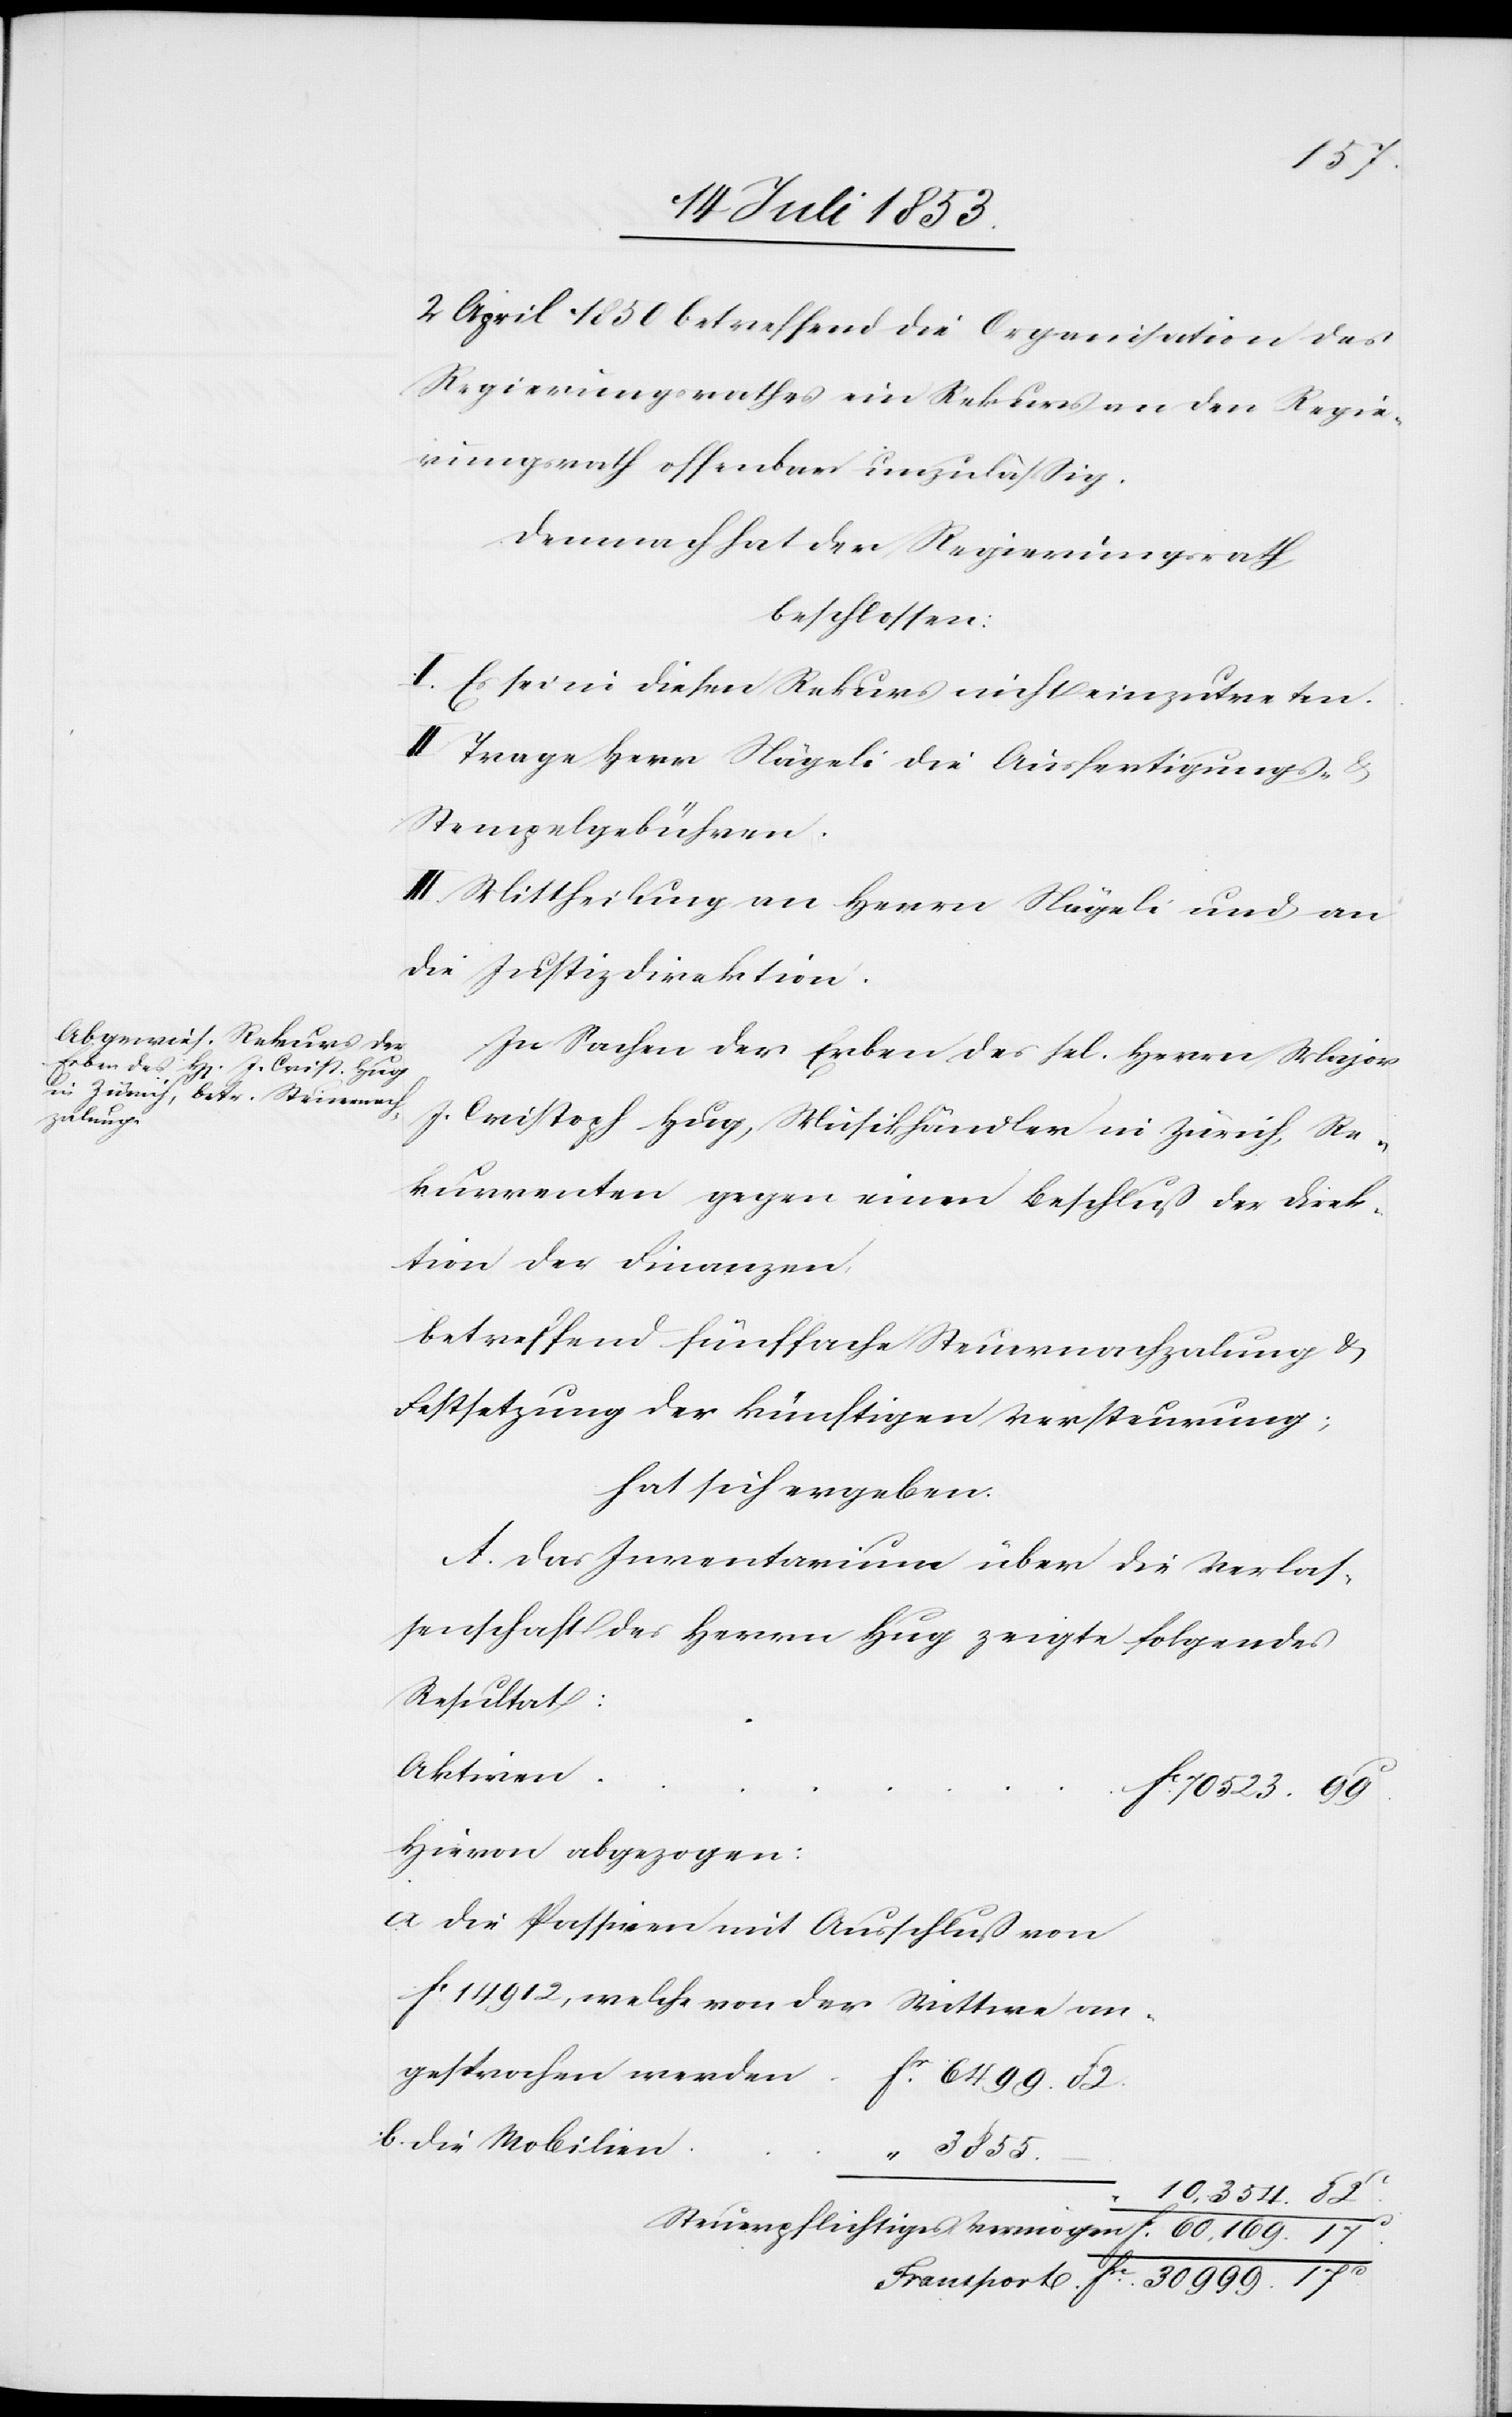
2 April 1850 betreffend die Organisation des
Regierungsrathes ein Rekurs an den Regie¬
rungsrath offenbar unzuläßig.
Demnach hat der Regierungsrath
beschlossen:
I. Es sei in diesen Rekurs nicht einzutreten.
II. Trage Herr Nägeli die Ausfertigungs- u.
Stempelgebühren.
III. Mittheilung an Herrn Nägeli und an
die Justizdirektion.
In Sachen der Erben des sel. Herrn Major
J. Christoph Hug, Mäschwanden in Zürich, Re¬
kurrenten gegen einen Beschluß der Direk¬
tion der Finanzen.
Betreffend fünffache Steuernachzahlung u.
Festsetzung der künftigen Versteuerung;
hat sich ergeben:
A. Das Inventarium über die Verlas¬
senschaft des Herrn Hug zeigt Folgendes
Resultat:
70 523. 99c
Hievon abgezogen:
a. Die Passiven mit Ausschluß von
fc 14 912, welche von der Wittwe
angesprochen werden
fr 6499.82.
b. Die Mobilien	“
3855.
10 354.82c
Steuerpflichtiges Vermögen	fr. 60 169.17c